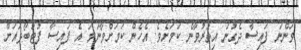
ވަންނަ ފައިސާ ދެގުނަ އިތުރުވާނެ ކަމަށެވެ. އެހެން ކަމަށްވާނަމަ އެ ފައިސާ ފުޓުބޯޅައަށް